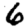
Digit: 6